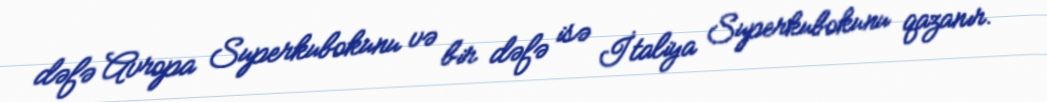
dəfə Avropa Superkubokunu və bir dəfə isə İtaliya Superkubokunu qazanır.